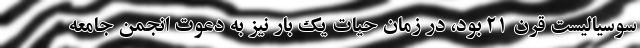
سوسياليست قرن ۲۱ بود، در زمان حيات يك بار نيز به دعوت انجمن جامعه